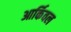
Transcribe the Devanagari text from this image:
आर्किवल